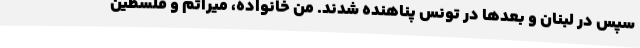
سپس در لبنان و بعدها در تونس پناهنده شدند. من خانواده، میراثم و فلسطین